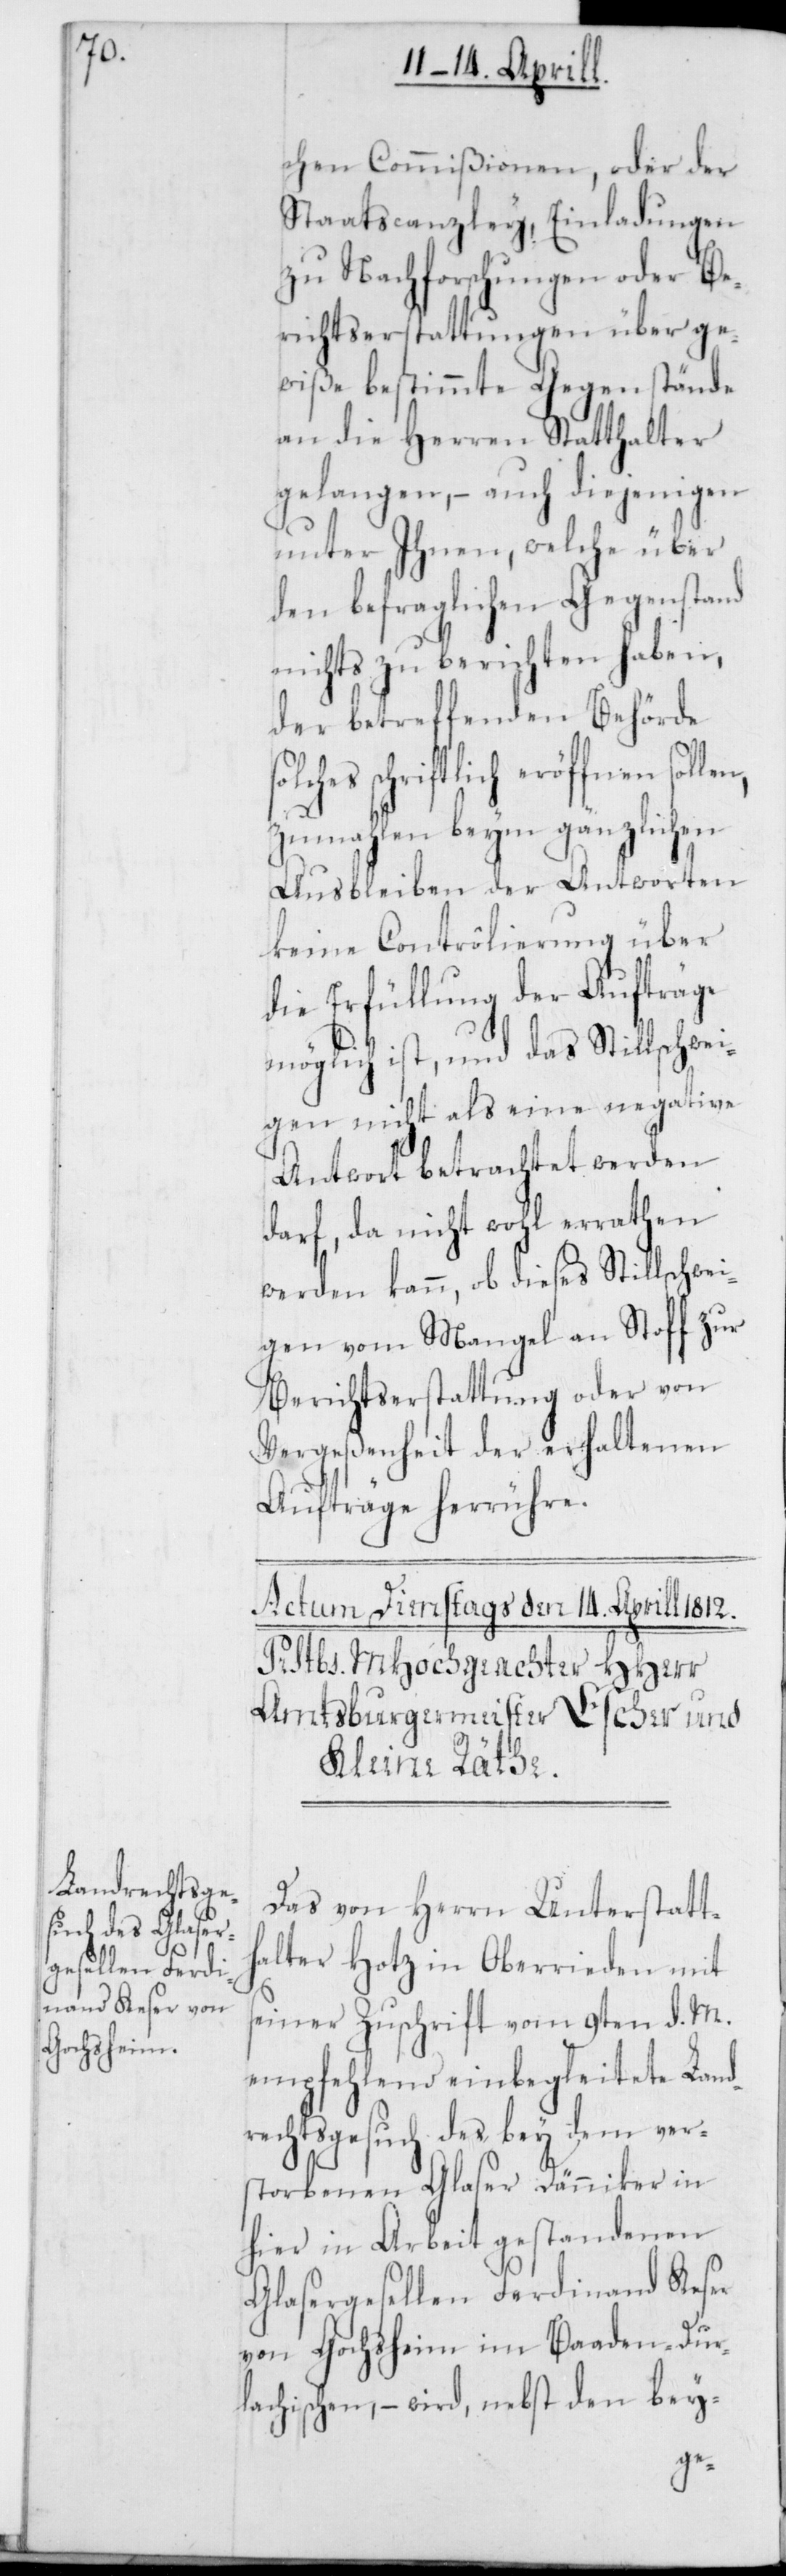
chen Commißionen, oder der
Staatscanzley, Einladungen
zu Nachforschungen oder Be¬
richtserstattungen über ge¬
wiße bestimmte Gegenstände
an die Herren Statthalter
gelangen, – auch diejenigen
unter Ihnen, welche über
den befraglichen Gegenstand
nichts zu berichten haben,
der betreffenden Behörde
lches schriftlich eröffnen
zumahlen beym gänzlichen
Ausbleiben der Antworten
keine Contrôlierung über
die Erfüllung der Aufträge
möglich ist, und das Stillschwei¬
gen nicht als eine negative
Antwort betrachtet werden
darf, da nicht wohl errathen
werden kann, ob dieses Stillschwei¬
gen vom Mangel an Stoff zur
Berichtserstattung oder von
Vergeßenheit der erhaltenen
Aufträge herrühre.
Das von Herrn Unterstatt¬
halter Hotz in Oberrieden mit
seiner Zuschrift vom 9ten d. M.
empfehlend einbegleitete Land¬
rechtsgesuch des bey dem ver¬
storbenen Glaser Dänniker in
hier in Arbeit gestandenen
Glasergesellen Ferdinand Keser
von Gochsheim im Baaden-Dur¬
lachischen, – wird nebst den bey
so¬